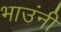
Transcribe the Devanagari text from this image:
भाउंनी